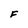
Character: F